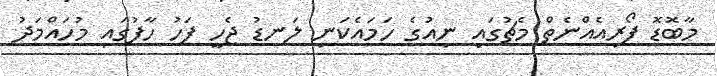
މާބޮޑޮ ފޯރިއެއްނެތް މެޗުގައި ނިއުގެ ހަމައެކަނި ލަނޑު ޖެހީ ފަހު ހާފުގައި މުހައްމަދު